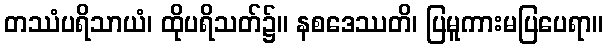
တဿံပရိသာယံ၊ ထိုပရိသတ်၌။ နစဒေဿတိ၊ ပြမူကားမပြပေရာ။